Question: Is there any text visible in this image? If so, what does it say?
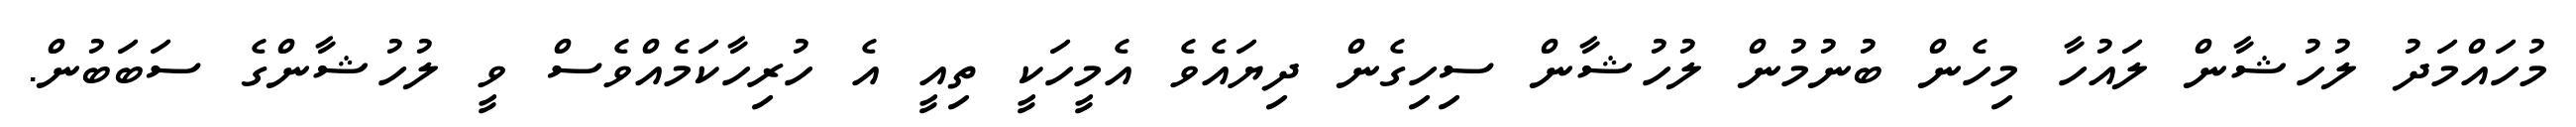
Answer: މުހައްމަދު ލުހުޝާން ލައުހާ މިހެން ބުނުމުން ލުހުޝާން ސިހިގެން ދިޔައެވެ އެމީހަކީ ތިއީ އެ ހުރިހާކަމެއްވެސް ވީ ލުހުޝާންގެ ސަބަބުން.